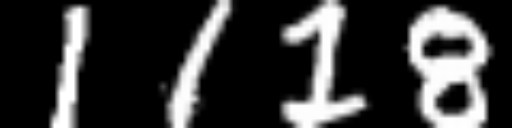
Text: 1118